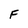
Character: F